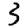
Digit: 3